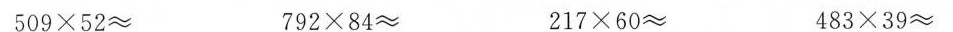
$$5 0 9 \times 5 2 ≈$$ $$7 9 2 \times 8 4 ≈$$ $$2 1 7 \times 6 0 ≈$$ $$4 8 3 \times 3 9 ≈$$